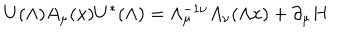
U ( \Lambda ) A _ { \mu } ( x ) U ^ { \ast } ( \Lambda ) = \Lambda _ { \mu } ^ { - 1 \nu } A _ { \nu } ( \Lambda x ) + \partial _ { \mu } H